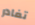
تغادر